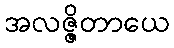
အလဇ္ဇိတာယေ